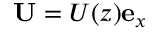
\mathbf { U } = U ( z ) \mathbf { e } _ { x }